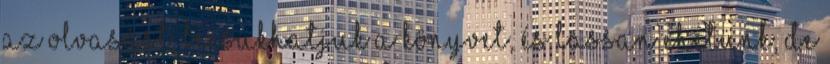
az olvasást, becsukhatjuk a könyvet, és lassan ehetünk, de